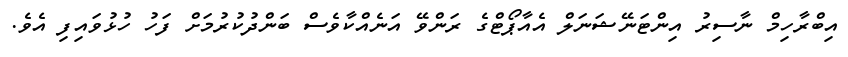
އިބްރާހިމް ނާސިރު އިންޓަނޭޝަނަލް އެއާޕޯޓްގެ ރަންވޭ އަނެއްކާވެސް ބަންދުކުރުމަށް ފަހު ހުޅުވައިފި އެވެ.